Insane asylums in Bengal annual reports 1876-1887 - 1876-1887
Year: 1876
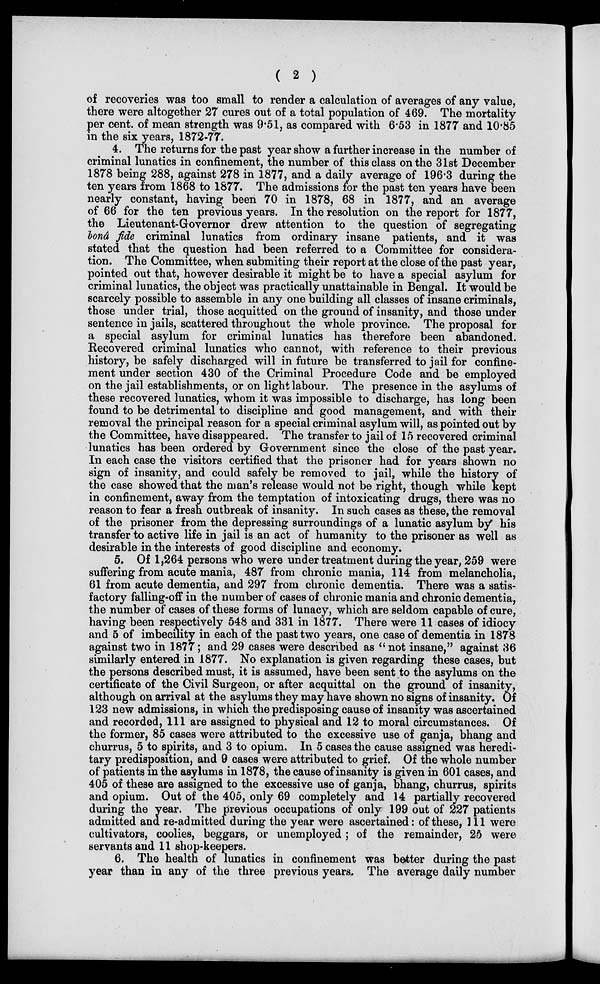
( 2 )
of recoveries was too small to render a calculation of averages of any value,
there were altogether 27 cures out of a total population of 469. The mortality
per cent. of mean strength was 9.51, as compared with 6.53 in 1877 and 10.85
in the six years, 1872-77.
4. The returns for the past year show a further increase in the number of
criminal lunatics in confinement, the number of this class on the 31st December
1878 being 288, against 278 in 1877, and a daily average of 196.3 during the
ten years from 1868 to 1877. The admissions for the past ten years have been
nearly constant, having been 70 in 1878, 68 in 1877, and an average
of 66 for the ten previous years. In the resolution on the report for 1877,
the Lieutenant-Governor drew attention to the question of segregating
bond fide criminal lunatics from ordinary insane patients, and it was
stated that the question had been referred to a Committee for considera-
tion. The Committee, when submiting their report at the close of the past year,
pointed out that, however desirable it might be to have a special asylum for
criminal lunatics, the object was practically unattainable in Bengal. It would be
scarcely possible to assemble in any one building all classes of insane criminals,
those under trial, those acquitted on the ground of insanity, and those under
sentence in jails, scattered throughout the whole province. The proposal for
a special asylum for criminal lunatics has therefore been abandoned.
Recovered criminal lunatics who cannot, with reference to their previous
history, be safely discharged will in future be transferred to jail for confine-
ment under section 430 of the Criminal Procedure Code and be employed
on the jail establishments, or on light labour. The presence in the asylums of
these recovered lunatics, whom it was impossible to discharge, has long been
found to be detrimental to discipline and good management, and with their
removal the principal reason for a special criminal asylum will, as pointed out by
the Committee, have disappeared. The transfer to jail of 15 recovered criminal
lunatics has been ordered by Government since the close of the past year.
In each case the visitors certified that the prisoner had for years shown no
sign of insanity, and could safely be removed to jail, while the history of
the case showed that the man's release would not be right, though while kept
in confinement, away from the temptation of intoxicating drugs, there was no
reason to fear a fresh outbreak of insanity. In such cases as these, the removal
of the prisoner from the depressing surroundings of a lunatic asylum by his
transfer to active life in jail is an act of humanity to the prisoner as well as
desirable in the interests of good discipline and economy.
5. Of 1,264 persons who were under treatment during the year, 259 were
suffering from acute mania, 487 from chronic mania, 114 from melancholia,
61 from acute dementia, and 297 from chronic dementia. There was a satis-
factory falling-off in the number of cases of chronic mania and chronic dementia,
the number of cases of these forms of lunacy, which are seldom capable of cure,
having been respectively 548 and 331 in 1877. There were 11 cases of idiocy
and 5 of imbecility in each of the past two years, one case of dementia in 1878
against two in 1877; and 29 cases were described as "not insane," against 36
similarly entered in 1877. No explanation is given regarding these cases, but
the persons described must, it is assumed, have been sent to the asylums on the
certificate of the Civil Surgeon, or after acquittal on the ground of insanity,
although on arrival at the asylums they may have shown no signs of insanity. Of
123 new admissions, in which the predisposing cause of insanity was ascertained
and recorded, 111 are assigned to physical and 12 to moral circumstances. Of
the former, 85 cases were attributed to the excessive use of ganja, bhang and
churrus, 5 to spirits, and 3 to opium. In 5 cases the cause assigned was heredi-
tary predisposition, and 9 cases were attributed to grief. Of the whole number
of patients in the asylums in 1878, the cause of insanity is given in 601 cases, and
405 of these are assigned to the excessive use of ganja, bhang, churrus, spirits
and opium. Out of the 405, only 69 completely and 14 partially recovered
during the year. The previous occupations of only 199 out of 227 patients
admitted and re-admitted during the year were ascertained: of these, 111 were
cultivators, coolies, beggars, or unemployed; of the remainder, 25 were
servants and 11 shop-keepers.
6. The health of lunatics in confinement was better during the past
year than in any of the three previous years. The average daily number